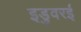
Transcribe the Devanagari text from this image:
इडुवरई